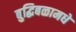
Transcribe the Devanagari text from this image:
बुद्धिबळामधे